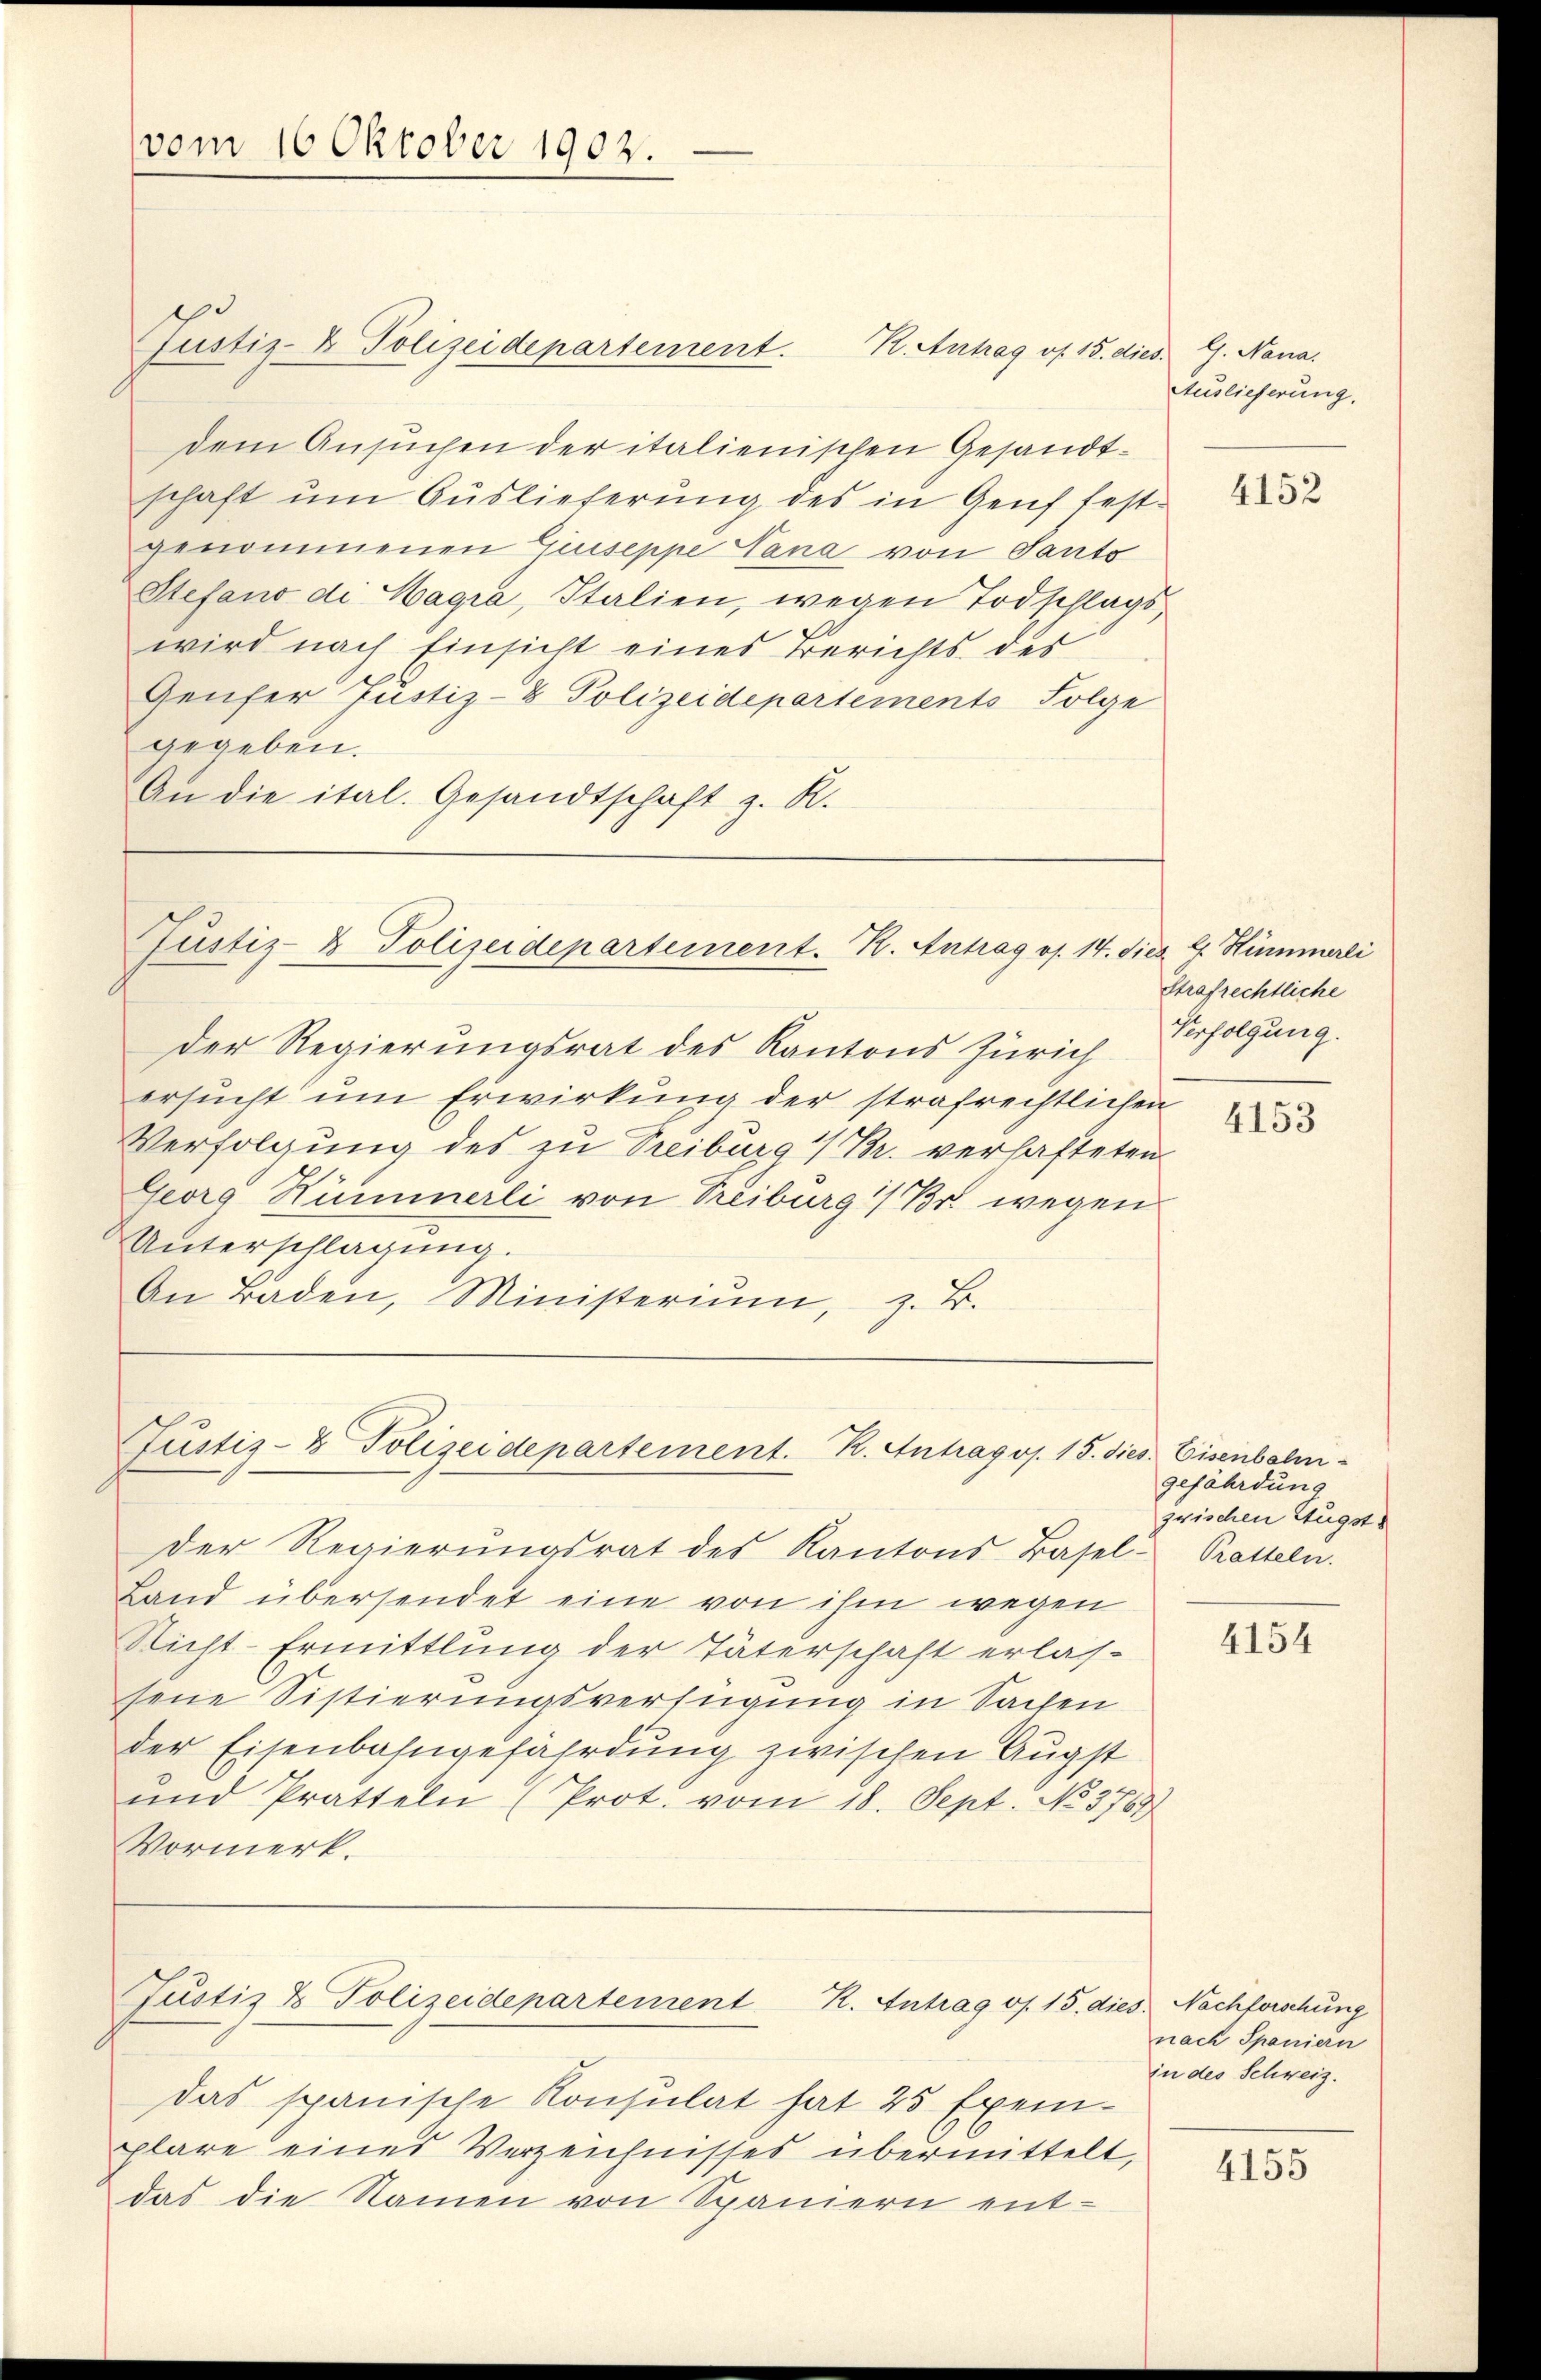
vom 16 Oktober 1902.

dem Ansuchen der italienischen Gesandtschaft um Auslieferung des in Genf festgenommenen Giuseppe Nana von Tanto
Stefano di Wagra, Italien, wegen Todschlagswird nach Einsicht eines Berichts des
Genfer Justiz- & Polizeidepartements Folge
gegeben.
An die ital. Gesandtschaft z. R.

Justiz- & Polizeidepartement.

Justiz- & Polizeidepartement. K. Antrag os. 14. dies 4 Hümmerli

Justiz- & Polizeidepartement. K. Antrag os. 15. dies. Eisenbahn¬

K. Antrag os. 15. dies. G. Nana.

Der Regierungsrat des Kantons Zürich
ersucht um Erwirkung der strafrechtlichen
Verfolgung des zu Treiburg i/Pr. verhafteten
Georg Hummerli von Treiburg (Br. wegen
Unterschlagung.
An Baden, Ministeriŭm, z. B.

Justiz & Polizeidepartement K. Antrag os. 15. dies. Nachforschung

Auslieferung.

das spanische Konsulat hat 25 Exemplare eines Verzeichnisses übermittelt,
das die Namen von Spaniern ent-

Der Regierŭngsrat des Kantons-Basel- Pratteln.
Land übersendet eine von ihm wegen
Richt-Ermittlung der Täterschaft erlas-
sene Sistierungsverfügung in Sachen
der Eisenbahngefährdung zwischen Augst
und Pratteln (Prot. vom 18. Sept. No. 3767
Vormerk.

4152

Strafrechtliche
Verfolgung.

4153

gefährdung
zwischen Eugst¬

4154

nach Spaniern
in des Schweiz.

4155